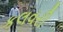
કલવરી